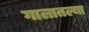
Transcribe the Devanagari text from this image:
गालातल्या